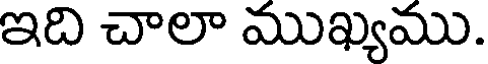
ఇది చాలా ముఖ్యము.